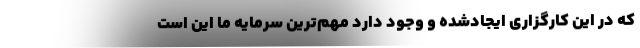
که در این کارگزاری ایجادشده و وجود دارد مهم‌ترین سرمایه ما این است